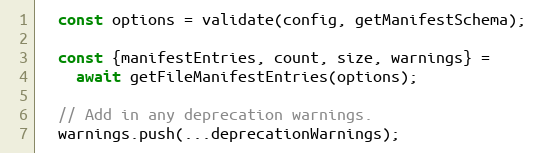
Language: JavaScript
  const options = validate(config, getManifestSchema);

  const {manifestEntries, count, size, warnings} =
    await getFileManifestEntries(options);

  // Add in any deprecation warnings.
  warnings.push(...deprecationWarnings);